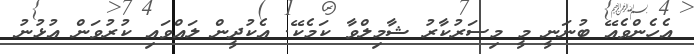
އެހެންވެއޭ ބުނަނީ މީ މިސަރުކާރު ޝާމިލްވާ ކަމެކޭ. އެކުދީން ލައްވައި ކުރުވަން އުޅުނު